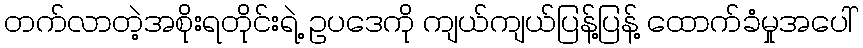
တက်လာတဲ့အစိုးရတိုင်းရဲ့ ဥပဒေကို ကျယ်ကျယ်ပြန့်ပြန့် ထောက်ခံမှုအပေါ်